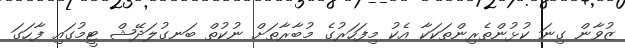
ޒުވާން ގިނަ ކުޅުންތެރިންތަކަކާ އެކު މިފަހަރުގެ މުބާރާތަށް ނުކުތް ބަނގުލަދޭޝް ޓީމުގައި ފާހަގަ